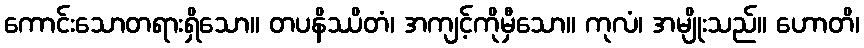
ကောင်းသောတရားရှိသော။ တပနိဿိတံ၊ အကျင့်ကိုမှီသော။ ကုလံ၊ အမျိုးသည်။ ဟောတိ၊